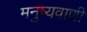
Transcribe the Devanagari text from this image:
मनुष्यवाणी